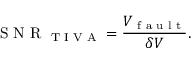
\textrm { S N R } _ { \textrm { T I V A } } = \frac { V _ { \textrm { f a u l t } } } { \delta V } .